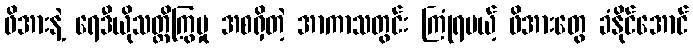
ဖိအားနဲ့ ရေဒီယိုသတ္တိကြွမှု အစရှိတဲ့ အာကာသတွင်း ကြုံရမယ့် ဖိအားတွေ ခံနိုင်အောင်